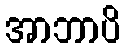
အာဘာပိ